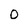
Character: o